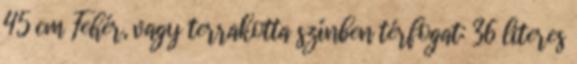
45 cm Fehér, vagy terrakotta színben térfogat: 36 literes